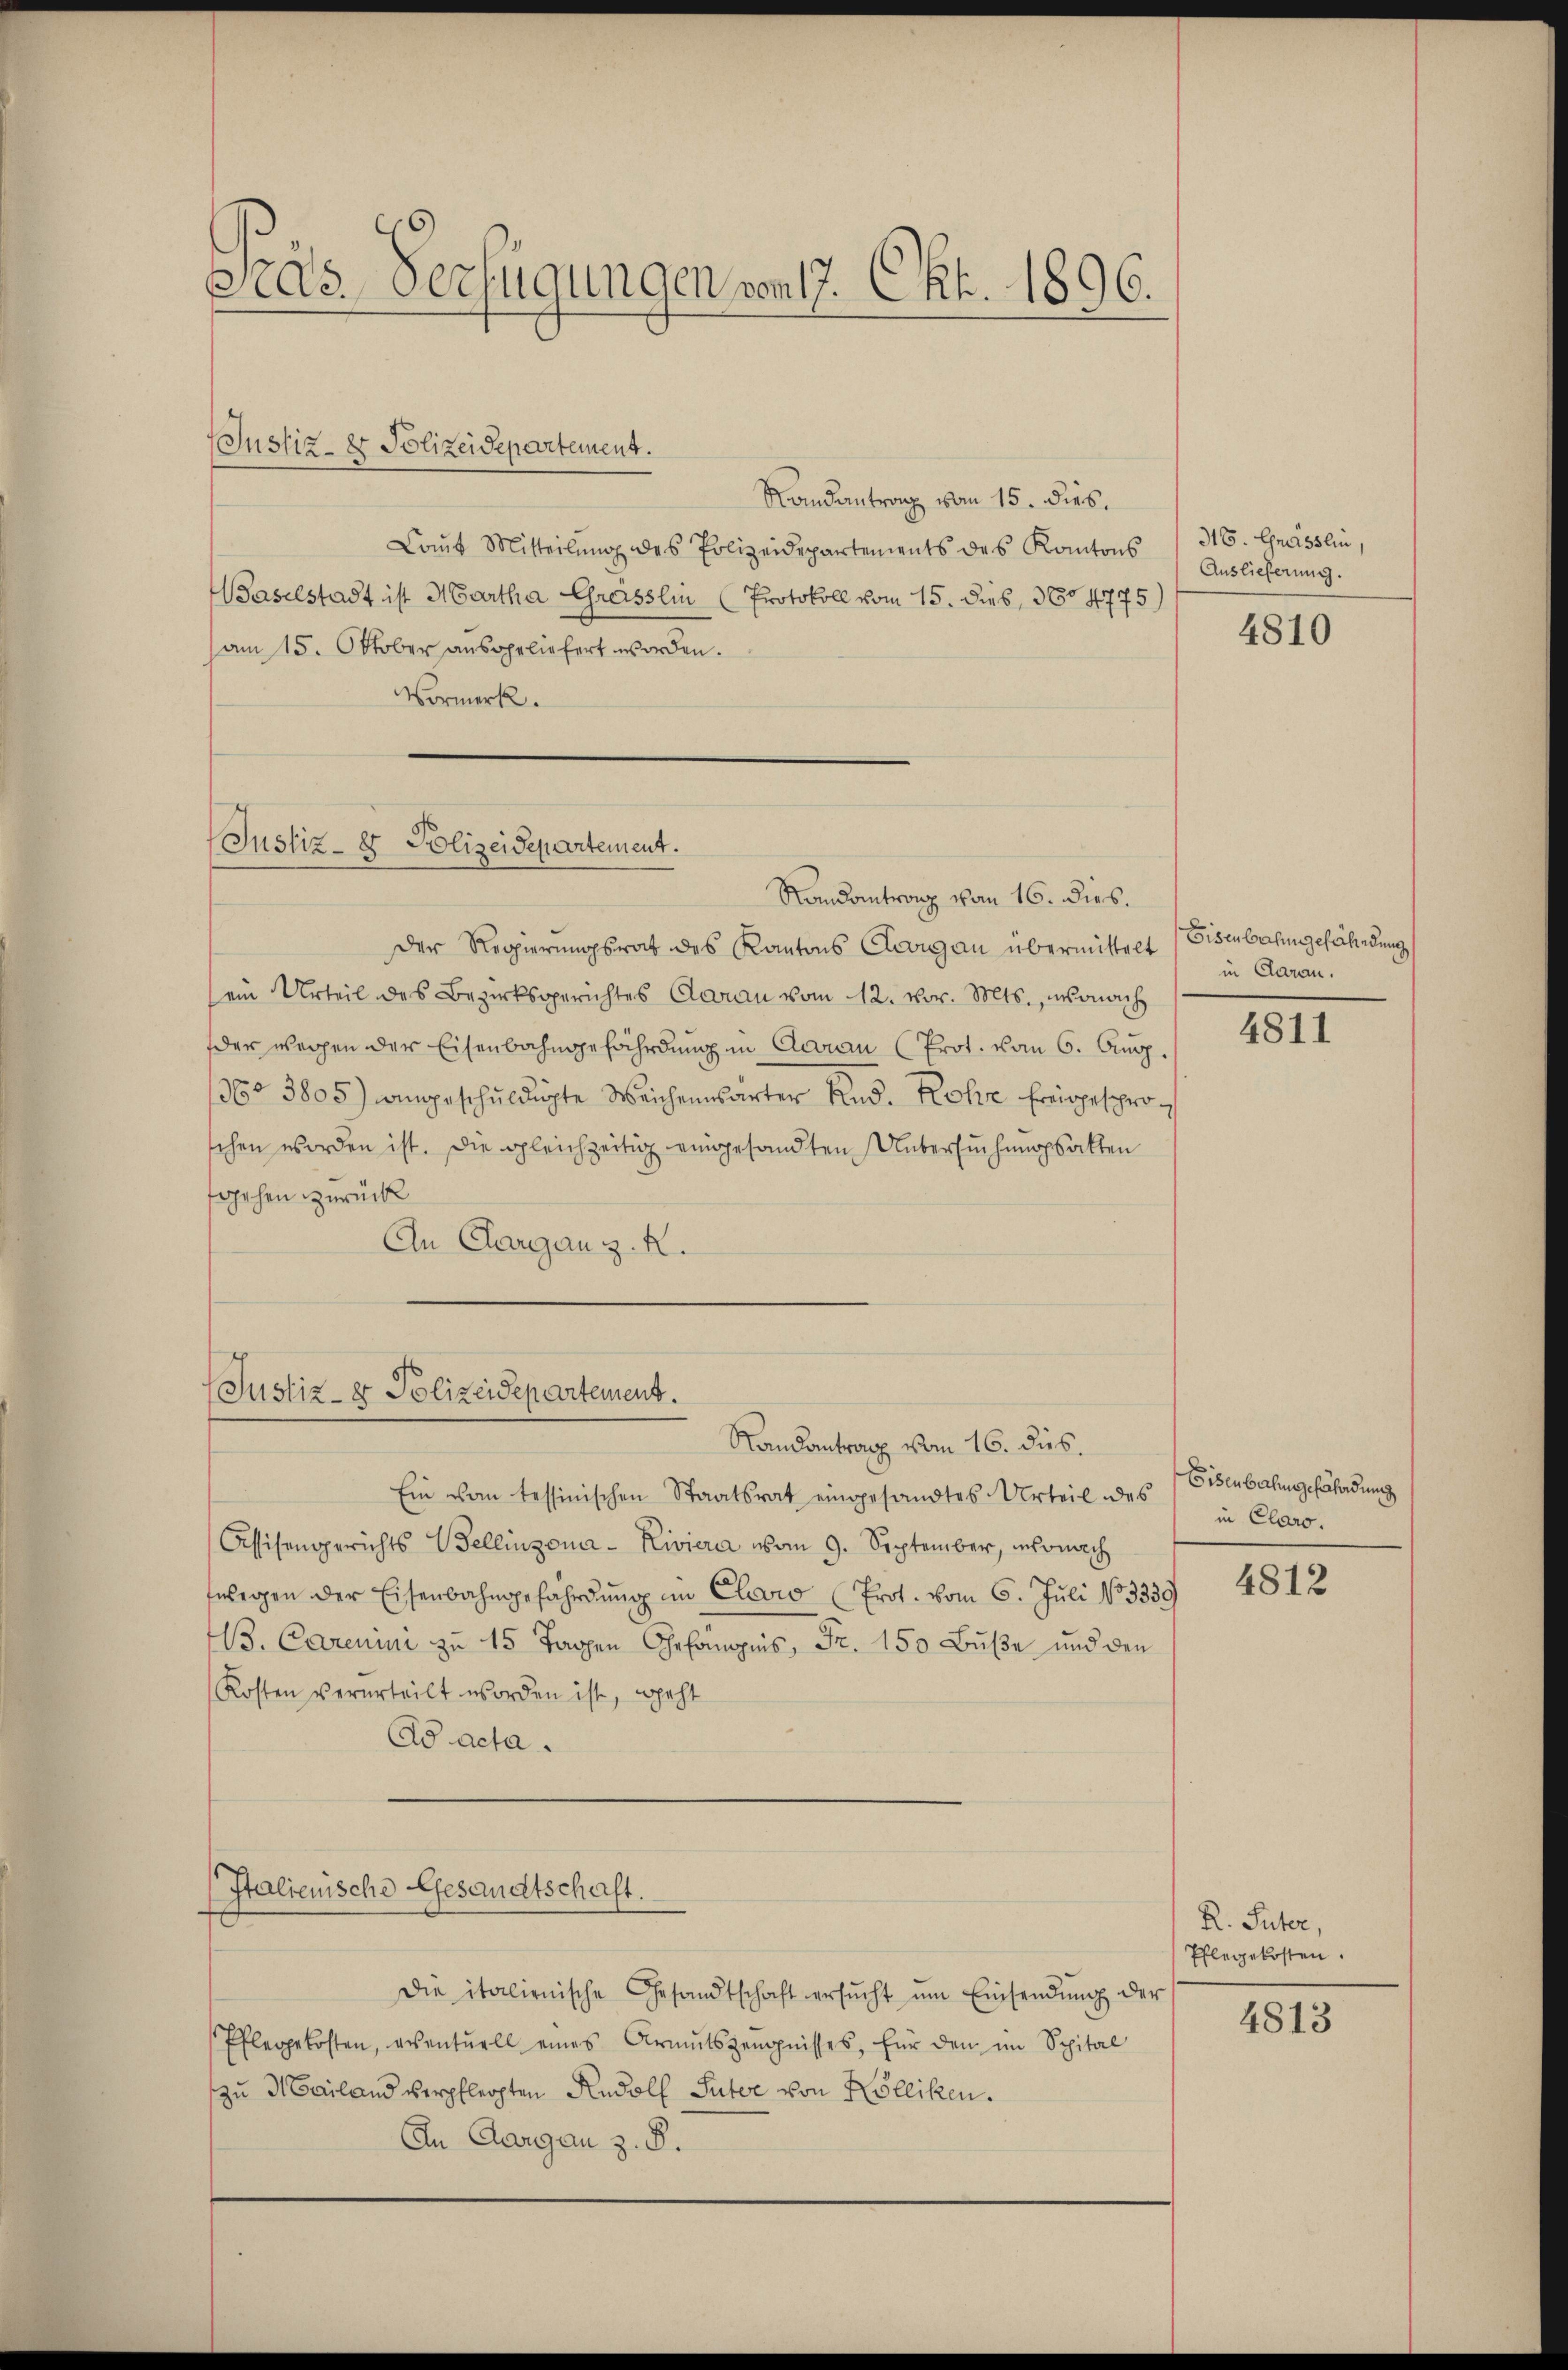
Pras Verfügungen von 17. Okt. 1896.

(Justiz- & Polizeidepartement.

Randantrag vom 15. dies.
Laŭt Mitteilŭng des Polizeidepartements des Kantons
Baselstadt ist Martha Greisslin (Protokoll vom 15. Dieb, 360 4775)
am 15. Oktober ausgeliefert worden.
Vormerk.

Justiz- & Polizeidepartement.

Randantrang von 16. dies.
Der Regierungsrat des Kantons Cronau übermittelt Bisenbahngefährdung
(ein Urteil des Bezirksgerichtes Garan vom 12. vor. Mts., wonach
der wegen der Eisenbahngefährdung in Aarau (Prot. vom 6. Aug.
196° 3805) angeschuldigte Weichensarter Rud. Rohr freigesproschen worden ist. Die gleichzeitig eingesandten Untersuchungsakten
tgehen zurück
An Aargau z. R.

Justiz- & Polizeidepartement.

Italienische Gesandtschaft.

Randantrag vom 16. dus.
Ein vom tessinischen Staatsrat eingesandtes Urteil des Eisenbahngefährdung
Assisengerichts Bellinzona - Riviera vom 9. September, wonach
fwegen der Eisenbahngefährdung im Charo (Prot. vom 6. Juli No 3339
M3. Carenini zu 15 Tagen Gefängnis, Fr. 150 Bŭβe und den
Kosten verurteilt worden ist, geht
Ad acta.

Die italienische Gesandtschaft ersŭcht ŭm Einsendŭng der
Pflegekosten, eventuell eines Armutszeŭgnisses, für den im Spital
zu Mailand verpflegten Rudolf Suter von Kolliken.
An Aargau z. B.

36. Grässlin,
Auslieferung.

4810

in Daran.

4811

in Claro.

4812

R. Suter,
Pflegekosten.
4813